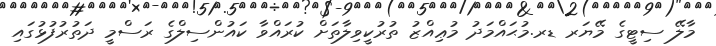
މާލޭ ސިޓީގެ މޭޔަރ ޑރ.މުޙައްމަދު މުޢިއްޒު ތުރުކީވިލާތަށް ކުރައްވާ ކައުންސިލްގެ ރަސްމީ ދަތުރުފުޅުގައި